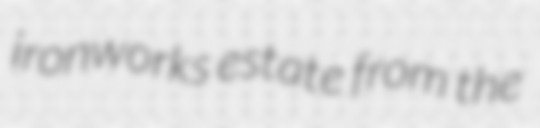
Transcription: ironworks estate from the